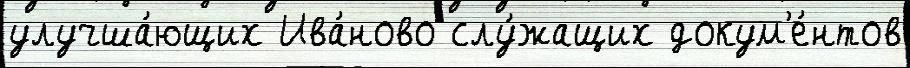
улучша́ющих Ива́ново слу́жащих докум'е́нтов